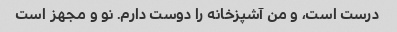
درست است، و من آشپزخانه را دوست دارم. نو و مجهز است